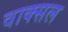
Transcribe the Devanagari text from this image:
वाक्‍सल